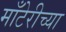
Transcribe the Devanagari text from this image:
माँटेरीच्या